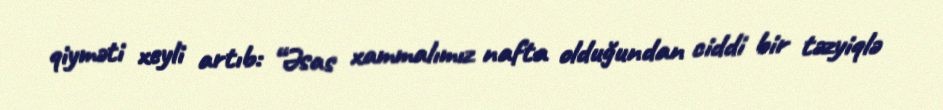
qiyməti xeyli artıb: “Əsas xammalımız nafta olduğundan ciddi bir təzyiqlə